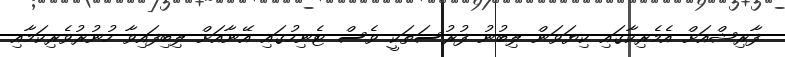
ފާރިޝްއަށް އެމެރިކާގައި ކިޔަވަން ލިބުނު ފުރުސަތަކީ ވެސް ޓެނިހުގައި އޭނާއަށް ލިބިފައިވާ ހުނުރުވެރިކަމާއި